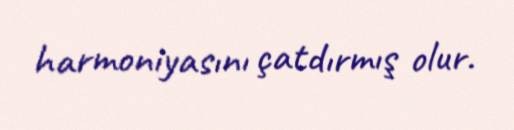
harmoniyasını çatdırmış olur.